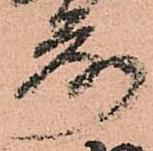
落